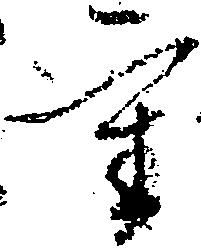
重